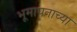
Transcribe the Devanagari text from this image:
भूमापनाच्या